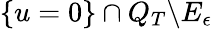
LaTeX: \{ u=0\} \cap Q_{T}\backslash E_{\epsilon}